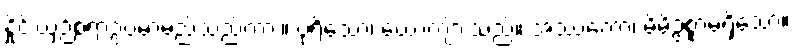
နှိုင်းယှဉ်စရာဥပမာမည်သည်ကား။ ပုရိသော၊ ယောကျ်ားသည်။ အဿကော၊ မိမိဥစ္စာမရှိသော။